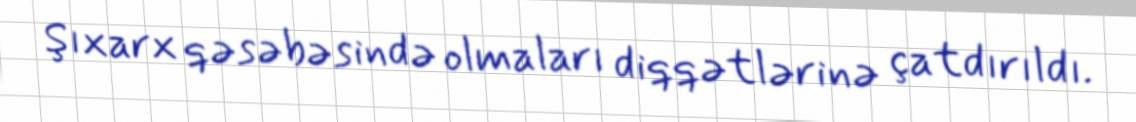
Şıxarx qəsəbəsində olmaları diqqətlərinə çatdırıldı.